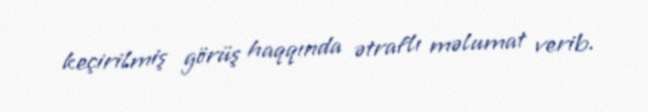
keçirilmiş görüş haqqında ətraflı məlumat verib.